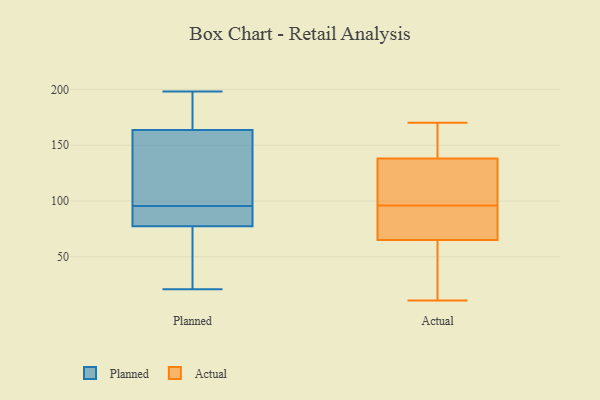
{"axis": {"x": "Market Share (%)", "y": "Value"}, "legend": ["Actual", "Planned"], "data": [{"x": "", "y": 76, "type": "Planned"}, {"x": "", "y": 77, "type": "Planned"}, {"x": "", "y": 157, "type": "Planned"}, {"x": "", "y": 78, "type": "Planned"}, {"x": "", "y": 198, "type": "Planned"}, {"x": "", "y": 148, "type": "Planned"}, {"x": "", "y": 193, "type": "Planned"}, {"x": "", "y": 170, "type": "Planned"}, {"x": "", "y": 21, "type": "Planned"}, {"x": "", "y": 182, "type": "Planned"}, {"x": "", "y": 92, "type": "Planned"}, {"x": "", "y": 147, "type": "Planned"}, {"x": "", "y": 171, "type": "Planned"}, {"x": "", "y": 86, "type": "Planned"}, {"x": "", "y": 53, "type": "Planned"}, {"x": "", "y": 54, "type": "Planned"}, {"x": "", "y": 86, "type": "Planned"}, {"x": "", "y": 112, "type": "Planned"}, {"x": "", "y": 82, "type": "Planned"}, {"x": "", "y": 99, "type": "Planned"}, {"x": "", "y": 91, "type": "Actual"}, {"x": "", "y": 65, "type": "Actual"}, {"x": "", "y": 145, "type": "Actual"}, {"x": "", "y": 11, "type": "Actual"}, {"x": "", "y": 101, "type": "Actual"}, {"x": "", "y": 24, "type": "Actual"}, {"x": "", "y": 170, "type": "Actual"}, {"x": "", "y": 116, "type": "Actual"}, {"x": "", "y": 138, "type": "Actual"}, {"x": "", "y": 71, "type": "Actual"}]}